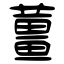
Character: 薑